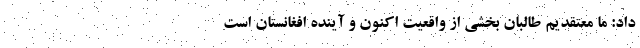
داد: ما معتقدیم طالبان بخشی از واقعیت اکنون و آینده افغانستان است